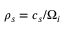
\rho _ { s } = c _ { s } / \Omega _ { i }